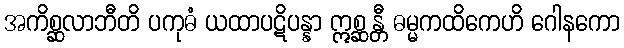
အကိစ္ဆလာဘီတိ ပကုဓံ ယထာပဋိပန္နာ ဣစ္ဆန္တီ ဓမ္မကထိကေဟိ ဂေါနကော